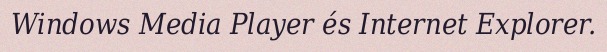
Windows Media Player és Internet Explorer.